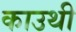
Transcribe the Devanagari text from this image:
काउथी